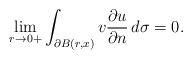
LaTeX: \begin{align*}\lim_{r\rightarrow0+} \int_{\partial B(r,x)} v \frac{\partial u}{\partial n} \, d\sigma = 0.\end{align*}